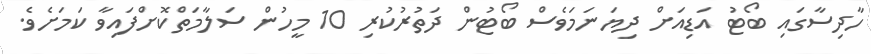
ހާދިސާގައި ބޯޓު އަޑިއަށް ދިޔަނަމަވެސް ބޯޓުން ދަތުރުކުރި 10 މީހުން ސަލާމަތްކޮށްފައިވާ ކަމަށެވެ.